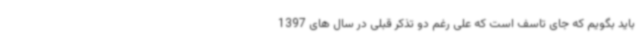
باید بگویم که جای تاسف است که علی رغم دو تذکر قبلی در سال های 1397